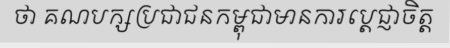
ថា គណបក្សប្រជាជនកម្ពុជាមានការប្តេជ្ញាចិត្ត